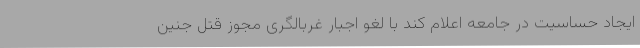
ایجاد حساسیت در جامعه اعلام کند با لغو اجبار غربالگری مجوز قتل جنین